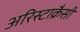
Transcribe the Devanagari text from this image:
अरिस्टाक्रैसी